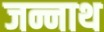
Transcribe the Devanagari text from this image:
जन्नाथ